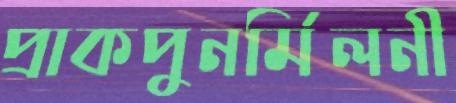
প্রাকপুনর্মিলনী